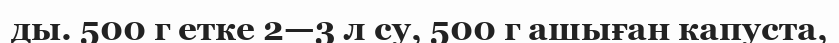
ды. 500 г етке 2—3 л су, 500 г ашыған капуста,